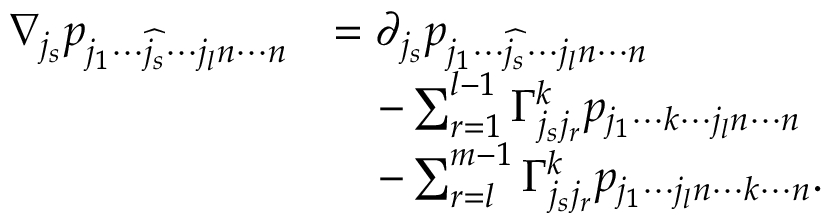
\begin{array} { r l } { \nabla _ { j _ { s } } p _ { j _ { 1 } \cdots \widehat { j _ { s } } \cdots j _ { l } n \cdots n } } & { = \partial _ { j _ { s } } p _ { j _ { 1 } \cdots \widehat { j _ { s } } \cdots j _ { l } n \cdots n } } \\ & { \quad - \sum _ { r = 1 } ^ { l - 1 } \Gamma _ { j _ { s } j _ { r } } ^ { k } p _ { j _ { 1 } \cdots k \cdots j _ { l } n \cdots n } } \\ & { \quad - \sum _ { r = l } ^ { m - 1 } \Gamma _ { j _ { s } j _ { r } } ^ { k } p _ { j _ { 1 } \cdots j _ { l } n \cdots k \cdots n } . } \end{array}